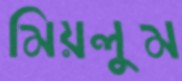
মিয়লুম